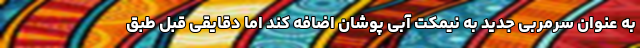
به عنوان سرمربی جدید به نیمکت آبی پوشان اضافه کند اما دقایقی قبل طبق